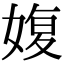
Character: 𡞪